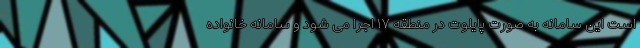
است این سامانه به صورت پایلوت در منطقه ۱۷ اجرا می شود و سامانه خانواده